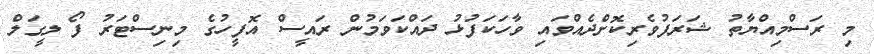
މި ރަސްމިއްޔާތު ޝަރަފުވެރިކޮށްދެއްވައި ވާހަކަފުޅު ދައްކަވަމުން ރައީސް އޮފީހުގެ މިނިސްޓަރު ފޯ ލީގަލް